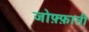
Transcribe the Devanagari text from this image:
जोफ़्फ़ानी